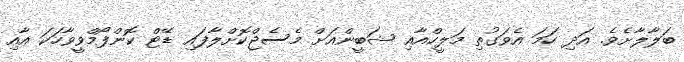
ބަލާލާށެވެ. އަދި ހަމަ އެވަގުތި މަލީހްއާއި ޝަބީންއަށް މެސެޖްކޮށްލާފައި ޑޭޓް ކޮންފޯމްވީވާހަކަ އާއި